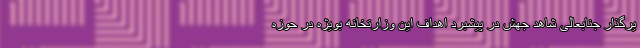
یرگذار جنابعالی شاهد جهش در پیشبرد اهداف این وزارتخانه بویژه در حوزه